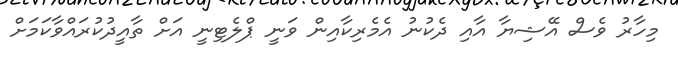
މިހާރު ވެސް އޭޝިޔާ އާއި ދެކުނު އެމެރިކާއިން ވަނީ ޕްލެޓިނީ އަށް ތާއީދުކުރައްވާކަމަށް